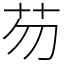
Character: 芴